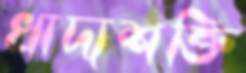
খাদ্যশক্তি